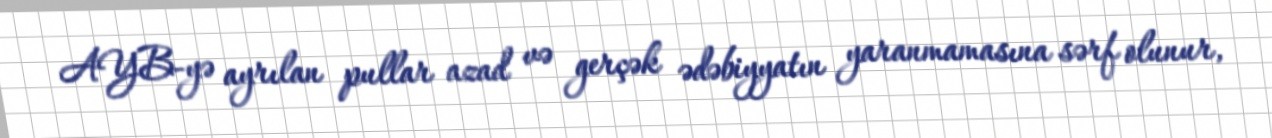
AYB-yə ayrılan pullar azad və gerçək ədəbiyyatın yaranmamasına sərf olunur,